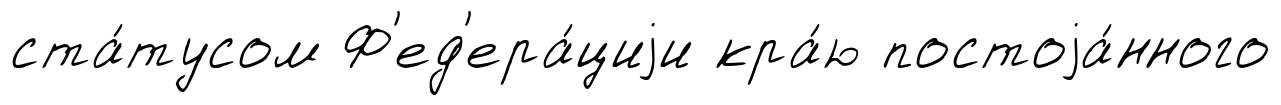
ста́тусом Ф'ед'ера́циjи кра́ю постоjа́нного